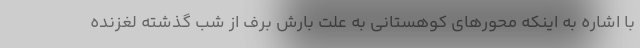
با اشاره به اینکه محور‌های کوهستانی به علت بارش برف از شب گذشته لغزنده